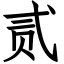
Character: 贰